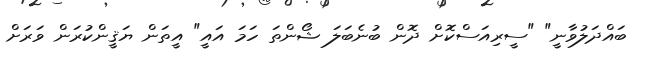
ބައްދަލުވާނީ" "ސީރިއަސްކޮށް ދޮން ބުނެބަލަ ޝޯންތަ ހަމަ އައީ" އީތަން ޔަޤީންކުރަން ވަރަށް